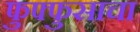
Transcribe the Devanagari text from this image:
फुफ्‍फुसाचा